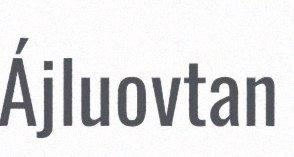
Ájluovtan